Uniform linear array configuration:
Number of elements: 48
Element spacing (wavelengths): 0.75
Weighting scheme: binomial
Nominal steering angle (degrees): -30
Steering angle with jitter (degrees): -30.877
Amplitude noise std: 0.05
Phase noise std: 0.05

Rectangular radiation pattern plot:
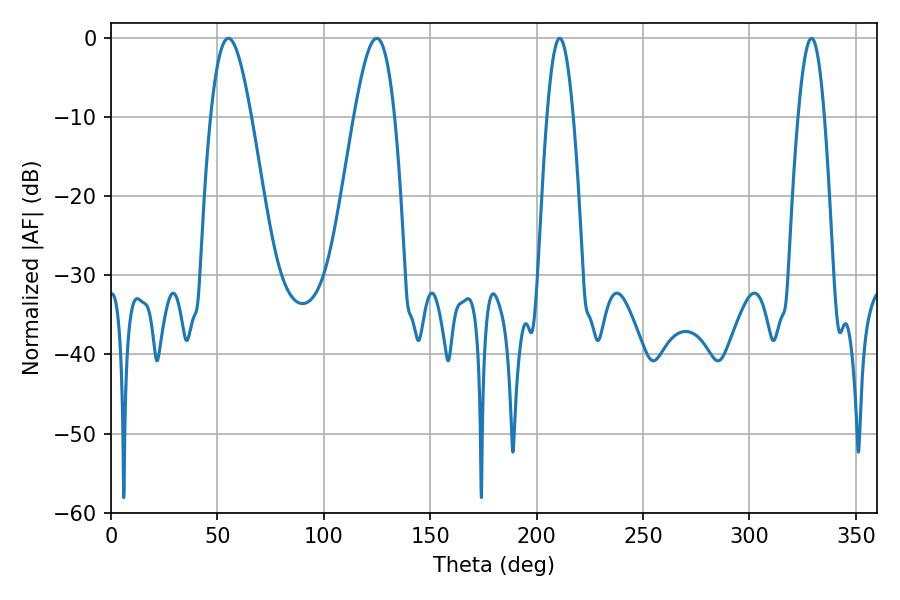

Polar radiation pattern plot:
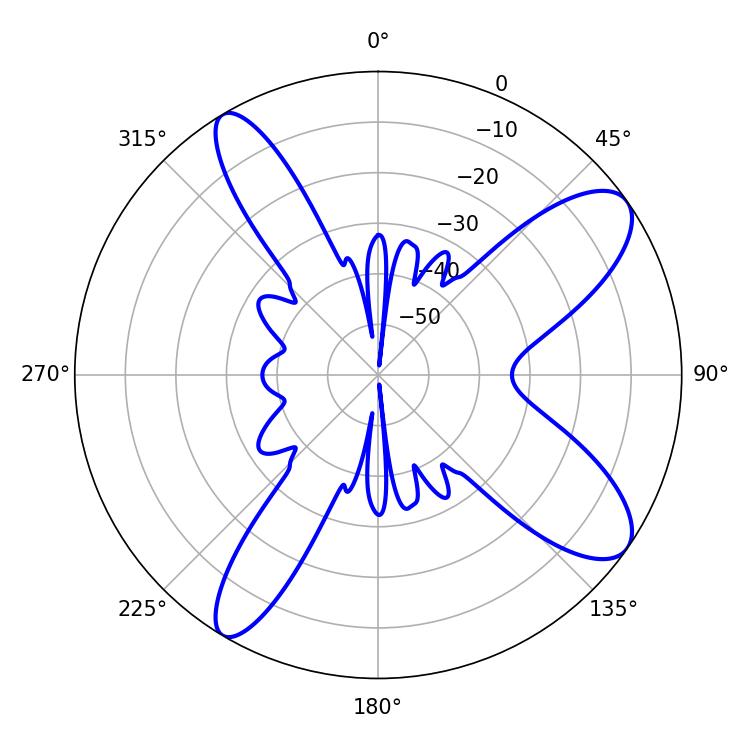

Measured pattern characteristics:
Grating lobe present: TRUE
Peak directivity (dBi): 10.169
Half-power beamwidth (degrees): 10.26
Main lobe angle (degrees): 55.08